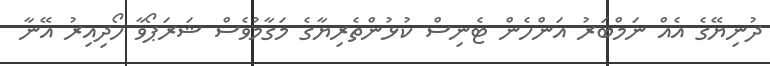
ދުނިޔޭގެ އެއް ނަމްބަރު އަންހެން ޓެނިސް ކުޅުންތެރިޔާގެ މަގާމުވެސް ޝަރަޕޯވާ ހޯދިއިރު އޭނާ